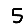
Digit: 5